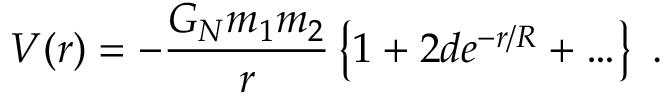
V ( r ) = - \frac { G _ { N } m _ { 1 } m _ { 2 } } { r } \left\{ 1 + 2 d e ^ { - r / R } + \ldots \right\} ~ .